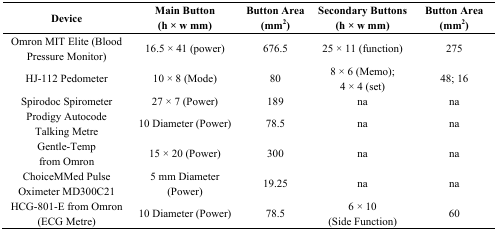
| <ROWSPAN=2> Device | Main Button | Button Area | Secondary Buttons | Button Area |
 | (h × w mm) | (mm2) | (h × w mm) | (mm2) |
 | --- | --- | --- | --- | --- |
 | Omron MIT Elite (Blood Pressure Monitor) | 16.5 × 41 (power) | 676.5 | 25 × 11 (function) | 275 |
 | HJ-112 Pedometer | 10 × 8 (Mode) | 80 | 8 × 6 (Memo);4 × 4 (set) | 48; 16 |
 | Spirodoc Spirometer | 27 × 7 (Power) | 189 | na | na |
 | Prodigy Autocode Talking Metre | 10 Diameter (Power) | 78.5 | na | na |
 | Gentle-Temp from Omron | 15 × 20 (Power) | 300 | na | na |
 | ChoiceMMed Pulse Oximeter MD300C21 | 5 mm Diameter (Power) | 19.25 | na | na |
 | HCG-801-E from Omron (ECG Metre) | 10 Diameter (Power) | 78.5 | 6 × 10 (Side Function) | 60 |